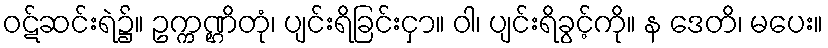
ဝဋ်ဆင်းရဲ၌။ ဥက္ကဏ္ဌိတုံ၊ ပျင်းရိခြင်းငှာ။ ဝါ၊ ပျင်းရိခွင့်ကို။ န ဒေတိ၊ မပေး။